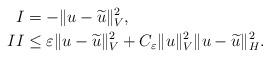
LaTeX: \begin{align*}I & = - \Vert u - \widetilde{u} \Vert_{V}^2 , \\II & \leq \varepsilon \Vert u - \widetilde{u} \Vert_{V}^2 + C_{\varepsilon} \Vert u\Vert_{V}^2 \Vert u - \widetilde{u} \Vert_{H}^2 .\end{align*}